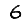
Digit: 6